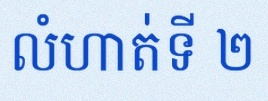
លំហាត់ទី ២